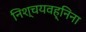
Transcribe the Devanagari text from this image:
निश्चयवह्निना